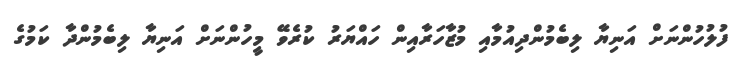
ފުލުހުންނަށް އަނިޔާ ލިބެމުންދިއުމާއި މުޒާހަރާއިން ހައްޔަރު ކުރެވޭ މީހުންނަށް އަނިޔާ ލިބެމުންދާ ކަމުގެ